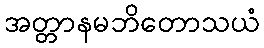
အတ္တာနမဘိတောသယံ